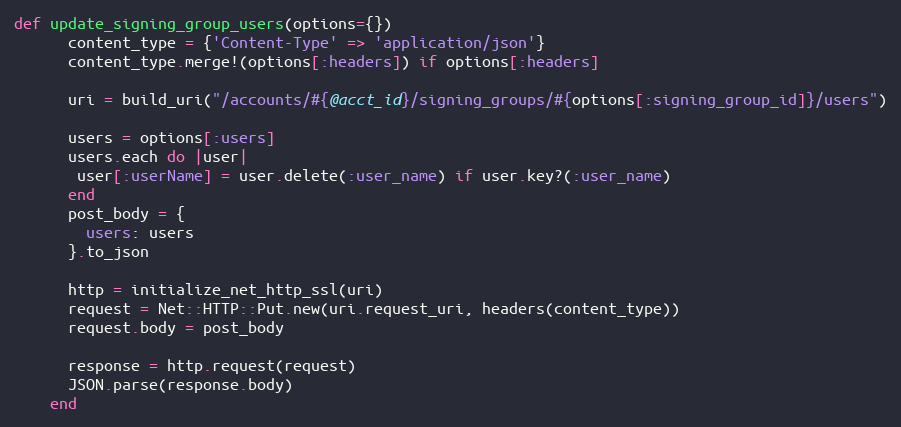
Language: Ruby
def update_signing_group_users(options={})
      content_type = {'Content-Type' => 'application/json'}
      content_type.merge!(options[:headers]) if options[:headers]

      uri = build_uri("/accounts/#{@acct_id}/signing_groups/#{options[:signing_group_id]}/users")

      users = options[:users]
      users.each do |user|
       user[:userName] = user.delete(:user_name) if user.key?(:user_name)
      end
      post_body = {
        users: users
      }.to_json

      http = initialize_net_http_ssl(uri)
      request = Net::HTTP::Put.new(uri.request_uri, headers(content_type))
      request.body = post_body

      response = http.request(request)
      JSON.parse(response.body)
    end